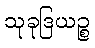
သုခုဒြယဉ္စ